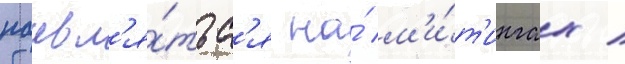
поавл'я́тьс'я на́ м'и́т'ингах /